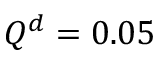
Q ^ { d } = 0 . 0 5